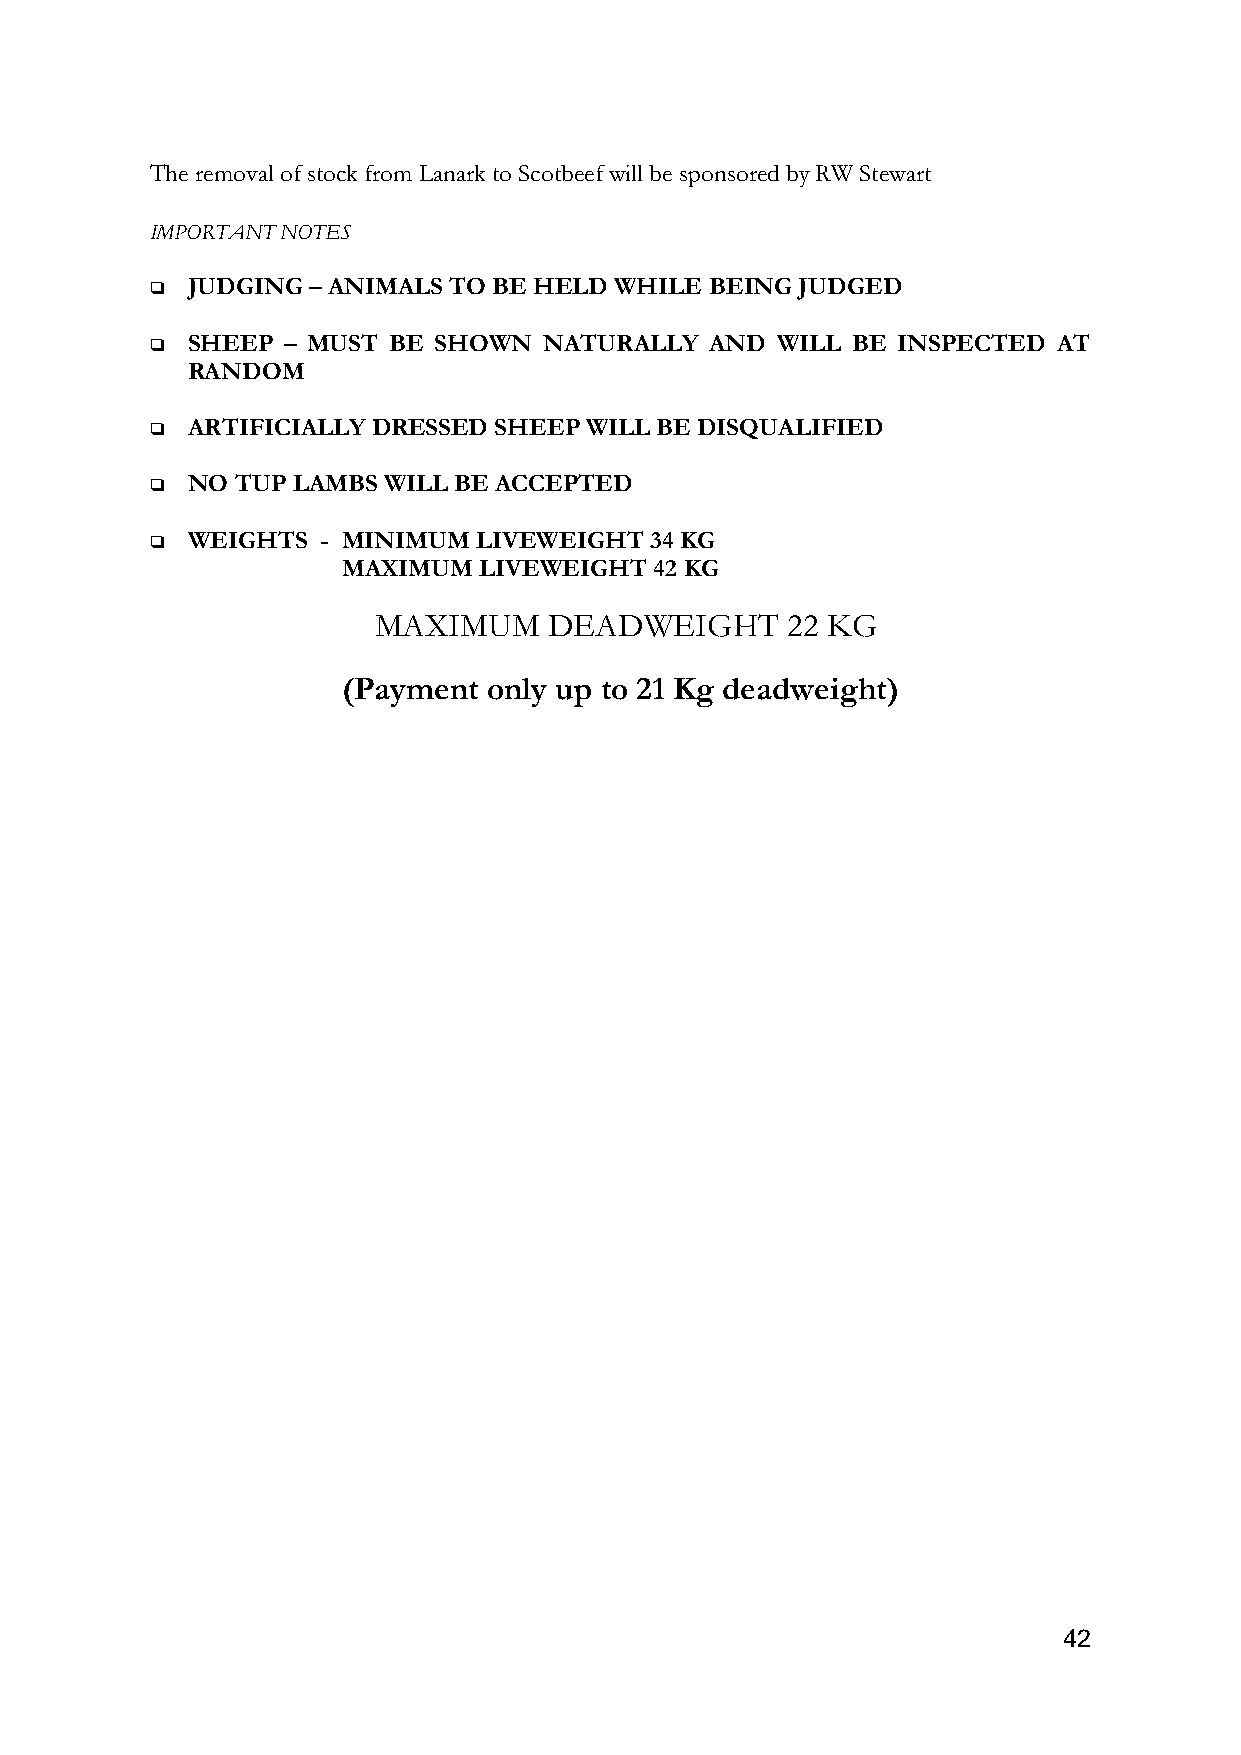
The removal of stock from Lanark to Scotbeef will be sponsored by RW Stewart
 IMPORTANT NOTES
 ❑ JUDGING – ANIMALS TO BE HELD WHILE BEING JUDGED
 ❑ SHEEP  – MUST BE SHOWN  NATURALLY  AND WILL BE INSPECTED  AT
 RANDOM
 ❑ ARTIFICIALLY DRESSED SHEEP WILL BE DISQUALIFIED
 ❑ NO  TUP LAMBS WILL BE ACCEPTED
 ❑ WEIGHTS  - MINIMUM  LIVEWEIGHT 34 KG
 MAXIMUM  LIVEWEIGHT 42 KG
 MAXIMUM    DEADWEIGHT      22 KG
 (Payment only up to 21 Kg deadweight)
 42